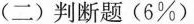
(二) 判断题 (6%)